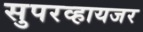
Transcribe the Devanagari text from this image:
सुपरव्हायजर